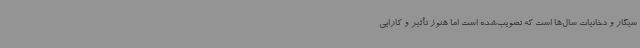
سیگار و دخانیات سال‌ها است که تصویب‌شده است اما هنوز تأثیر و کارایی